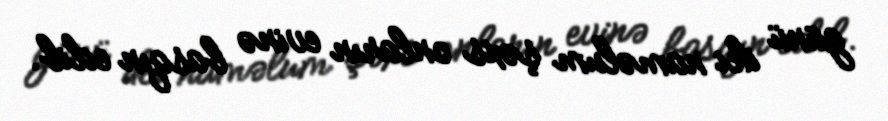
günü iki naməlum şəxs onların evinə basqın edib.